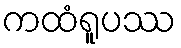
ကထံရူပဿ